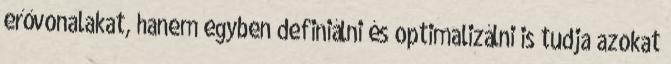
erővonalakat, hanem egyben definiálni és optimalizálni is tudja azokat